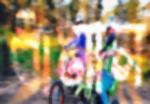
ধামাল